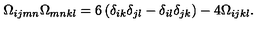
\Omega _ { i j m n } \Omega _ { m n k l } = 6 \left( \delta _ { i k } \delta _ { j l } - \delta _ { i l } \delta _ { j k } \right) - 4 \Omega _ { i j k l } .